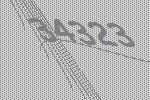
34323